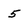
Character: 5